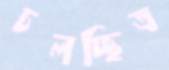
চলচ্ছিত্র